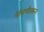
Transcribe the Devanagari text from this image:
बांधणीवरून